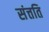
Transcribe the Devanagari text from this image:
संत्तति